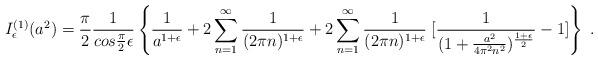
LaTeX: \begin{align*}I^{(1)}_{\epsilon}(a^2)={{\pi}\over 2} {1\over {cos {{\pi}\over 2}\epsilon}}\left \{ {1\over {a^{1+ \epsilon}}}+ 2 \sum_{n=1}^{\infty} {1\over {(2 \pi n)^{1+\epsilon}}}+ 2\sum_{n=1}^{\infty} {1\over {(2 \pi n)^{1+\epsilon}}} \; [ {1\over {(1+ {{a^2}\over {4 \pi^2 n^2}})^{{1+\epsilon}\over 2}}} -1 ] \right \} \; .\end{align*}